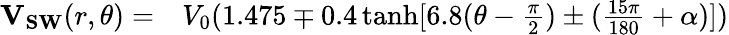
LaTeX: \begin{array}{rl}{\mathbf{V_{SW}}(r,\theta)=}&{{}V_{0}(1.475\mp 0.4\operatorname{tanh}[6.8(\theta-\frac{\pi}{2})\pm(\frac{15\pi}{180}+\alpha)])}\end{array}